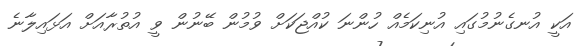
އަކީ އުނގެނުމުގައި އުނިކަމެއް ހުންނަ ކުއްޖަކަށް ވުމުން ބޭނުން ވީ އުތުރާއަށް އަޅައިލާނެ